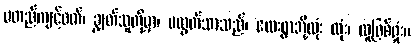
မတည်ကျင့်ဝတ်၊ ချွတ်သူတို့မှာ၊ မလွတ်သာသည်၊ လေးရွာဘို့လုံး လုံး၊ လူဖြစ်ရှုံး။